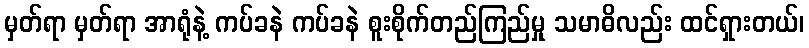
မှတ်ရာ မှတ်ရာ အာရုံနဲ့ ကပ်ခနဲ ကပ်ခနဲ စူးစိုက်တည်ကြည်မှု သမာဓိလည်း ထင်ရှားတယ်၊